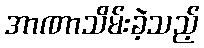
အာဏာသိမ်းခဲ့သည့်